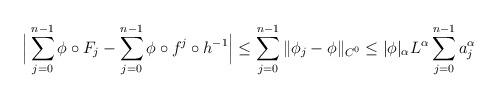
LaTeX: \begin{align*}\Big| \sum_{j=0}^{n-1} \phi \circ F_j - \sum_{j=0}^{n-1} \phi \circ f^j \circ h^{-1} \Big| & \le \sum_{j=0}^{n-1} \| \phi_j -\phi\|_{C^0}\le |\phi|_\alpha L^\alpha \sum_{j=0}^{n-1} a_j^\alpha\end{align*}